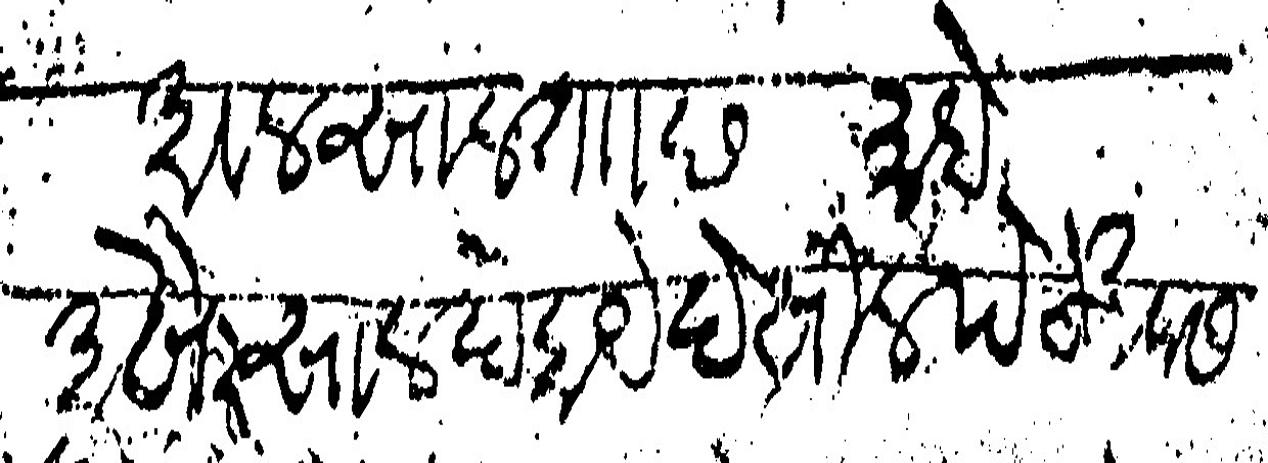
Transliteration (Devanagari): अवलसाल ता छ माहे अखेर साल देहाये देखील पेठ खवासपूर